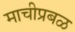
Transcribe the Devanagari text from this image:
माचीप्रबळ